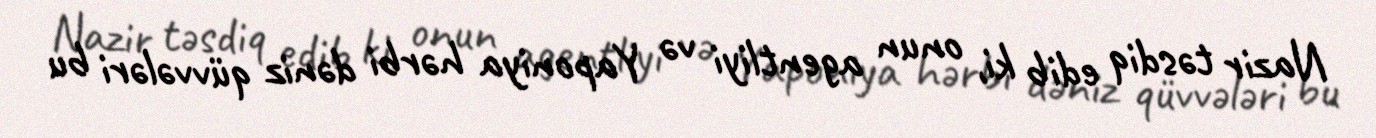
Nazir təsdiq edib ki, onun agentliyi və Yaponiya hərbi dəniz qüvvələri bu